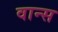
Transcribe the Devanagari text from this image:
वान्स